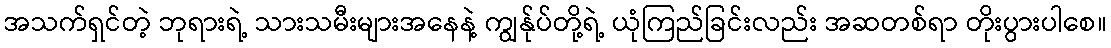
အသက်ရှင်တဲ့ ဘုရားရဲ့ သားသမီးများအနေနဲ့ ကျွန်ုပ်တို့ရဲ့ ယုံကြည်ခြင်းလည်း အဆတစ်ရာ တိုးပွားပါစေ။